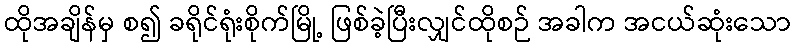
ထိုအချိန်မှ စ၍ ခရိုင်ရုံးစိုက်မြို့ ဖြစ်ခဲ့ပြီးလျှင်ထိုစဉ် အခါက အငယ်ဆုံးသော